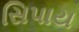
સિપાય